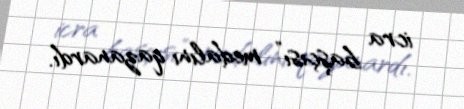
icra başçısı” medalını qazanardı.